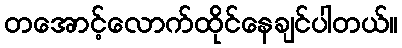
တအောင့်လောက်ထိုင်နေချင်ပါတယ်။